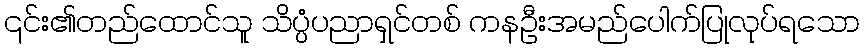
၎င်း၏တည်ထောင်သူ သိပ္ပံပညာရှင်တစ် ကနဦးအမည်ပေါက်ပြုလုပ်ရသော